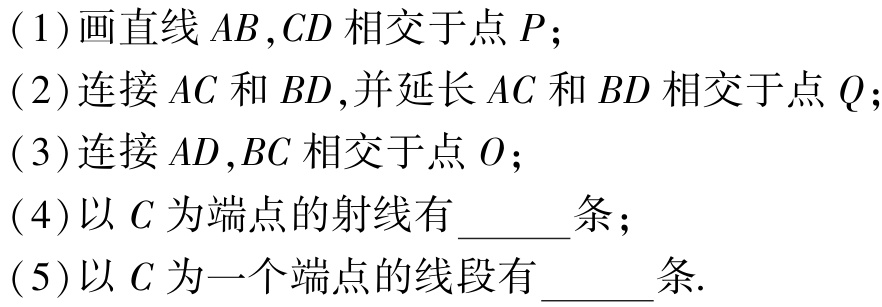
(1)画直线\(AB,CD\)相交于点\(P\)；

(2)连接\(AC\)和\(BD\),并延长\(AC\)和\(BD\)相交于点\(Q\)；

(3)连接\(AD,BC\)相交于点\(O\)；

(4)以\(C\)为端点的射线有\(\underline{\quad\quad}\)条；

(5)以\(C\)为一个端点的线段有\(\underline{\quad\quad}\)条.